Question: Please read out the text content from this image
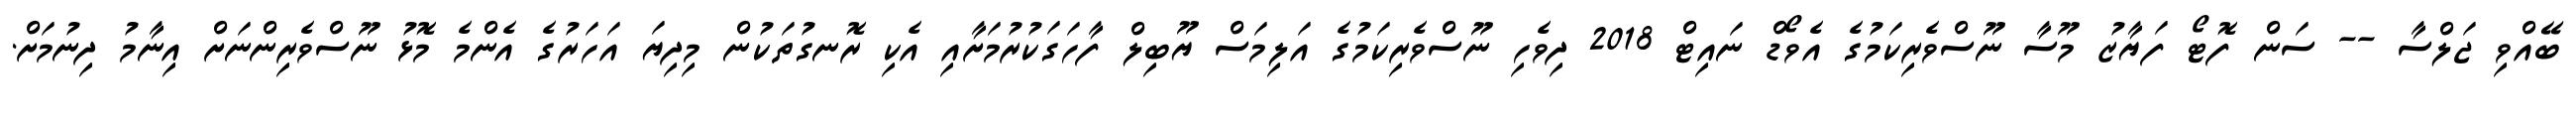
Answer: ބޭއްވި ޖަލްސާ -- ސަން ފޮޓޯ ފަޔާޒު މޫސާ ނޫސްވެރިކަމުގެ އެވޯޑް ނައިޓް 2018 ދިވެހި ނޫސްވެރިކަމުގެ އަލިމަސް ޔޫބިލް ފާހަގަކުރުމަށާއި އެކި ރޮނގުތަކުން މިދިޔަ އަހަރުގެ އެންމެ މޮޅު ނޫސްވެރިންނަށް އިނާމު ދިނުމަށް.